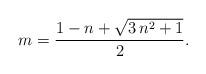
LaTeX: \begin{align*}m=\frac{1-n+ \sqrt{3\,n^2+1}}{2}.\end{align*}